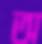
অ